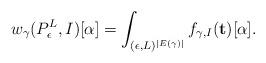
LaTeX: \begin{align*} w_\gamma(P_\epsilon^L, I)[\alpha] = \int_{(\epsilon, L)^{|E(\gamma)|}} f_{\gamma, I}(\mathbf{t})[\alpha].\end{align*}